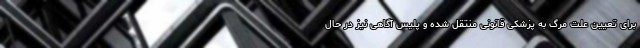
برای تعیین علت مرگ به پزشکی قانونی منتقل شده و پلیس آگاهی نیز در حال